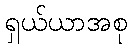
ရှယ်ယာအစု